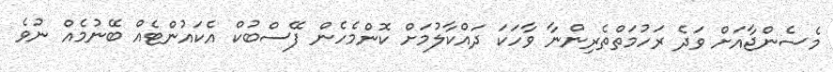
މެސެންޖާއަށް ވަދެ ރަހުމަތްތެރިންނާ ވާހަކަ ދައްކާލުމަށް ކޮންމެހެން ފޭސްބުކް އެކައުންޓެއް ބޭނުމެއް ނުވެ